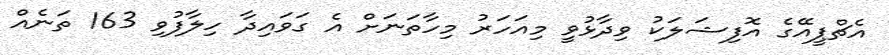
އެޗްޕީއޭގެ އޮފިޝަލަކު ވިދާޅުވީ މިއަހަރު މިހާތަނަށް އެ ގަވައިދާ ހިލާފުވި 163 ތަނެއް